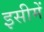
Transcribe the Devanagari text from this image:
इसीमें